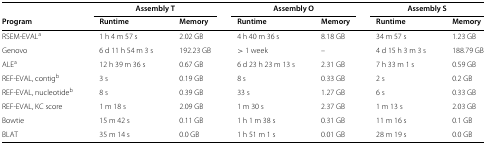
<table><thead><tr><td></td><td colspan="2"><b>Assembly T</b></td><td colspan="2"><b>Assembly O</b></td><td colspan="2"><b>Assembly S</b></td></tr><tr><td><b>Program</b></td><td><b>Runtime</b></td><td><b>Memory</b></td><td><b>Runtime</b></td><td><b>Memory</b></td><td><b>Runtime</b></td><td><b>Memory</b></td></tr></thead><tbody><tr><td>RSEM-EVAL <sup>a</sup></td><td>1 h 4 m 57 s</td><td>2.02 GB</td><td>4 h 40 m 36 s</td><td>8.18 GB</td><td>34 m 57 s</td><td>1.23 GB</td></tr><tr><td>Genovo</td><td>6 d 11 h 54 m 3 s</td><td>192.23 GB</td><td>&gt;1 week</td><td>–</td><td>4 d 15 h 3 m 3 s</td><td>188.79 GB</td></tr><tr><td>ALE <sup>a</sup></td><td>12 h 39 m 36 s</td><td>0.67 GB</td><td>6 d 23 h 23 m 13 s</td><td>2.31 GB</td><td>7 h 33 m 1 s</td><td>0.59 GB</td></tr><tr><td>REF-EVAL, contig <sup>b</sup></td><td>3 s</td><td>0.19 GB</td><td>8 s</td><td>0.33 GB</td><td>2 s</td><td>0.2 GB</td></tr><tr><td>REF-EVAL, nucleotide <sup>b</sup></td><td>8 s</td><td>0.39 GB</td><td>33 s</td><td>1.27 GB</td><td>6 s</td><td>0.33 GB</td></tr><tr><td>REF-EVAL, KC score</td><td>1 m 18 s</td><td>2.09 GB</td><td>1 m 30 s</td><td>2.37 GB</td><td>1 m 13 s</td><td>2.03 GB</td></tr><tr><td>Bowtie</td><td>15 m 42 s</td><td>0.11 GB</td><td>1 h 1 m 38 s</td><td>0.31 GB</td><td>11 m 16 s</td><td>0.1 GB</td></tr><tr><td>BLAT</td><td>35 m 14 s</td><td>0.0 GB</td><td>1 h 51 m 1 s</td><td>0.01 GB</td><td>28 m 19 s</td><td>0.0 GB</td></tr></tbody></table>